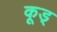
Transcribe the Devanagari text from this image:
कूड्